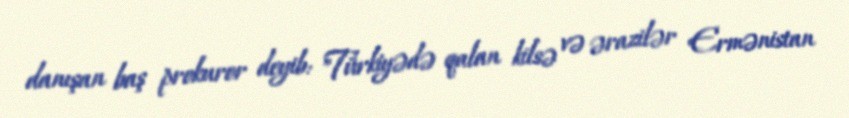
danışan baş prokuror deyib: "Türkiyədə qalan kilsə və ərazilər Ermənistan